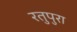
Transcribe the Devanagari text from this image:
रतुपुरा